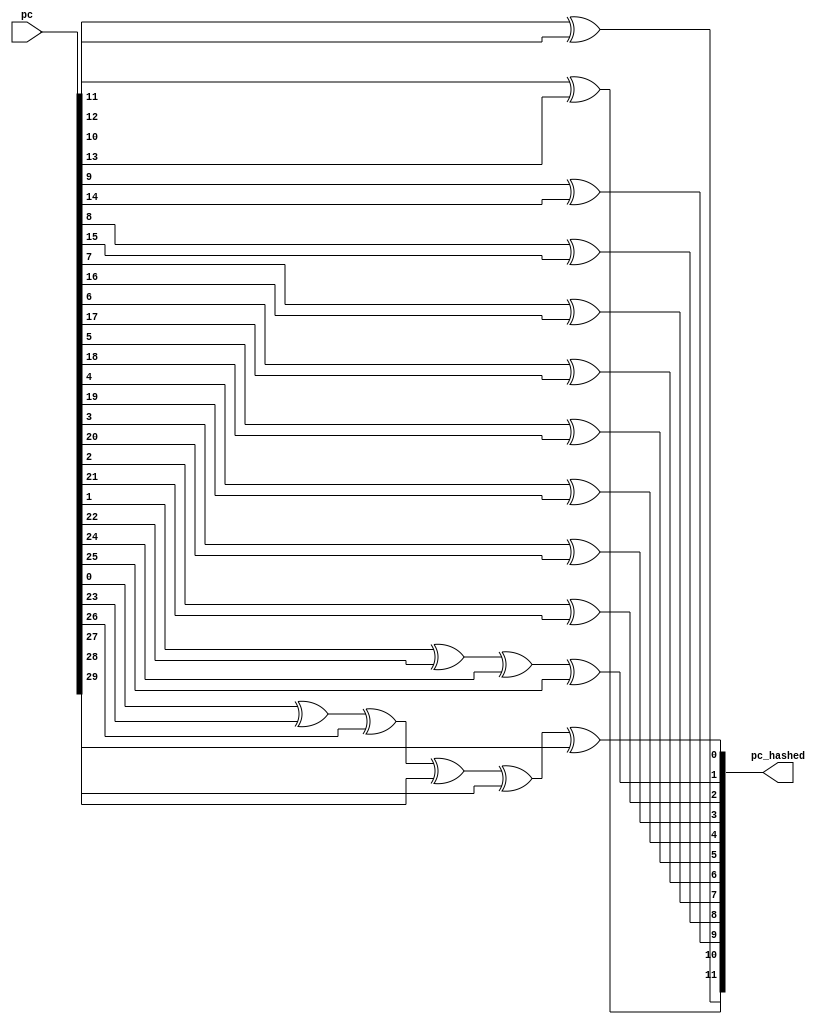
//hashfor
module pc_hash#(
    parameter ADDR_WIDTH=30,
    parameter k_width=12
) (
    input [ADDR_WIDTH-1:0] pc,
    output[k_width-1:0] pc_hashed
);
    wire [ADDR_WIDTH-1:0]d=pc;

    // 12:
    assign pc_hashed={  d[11]^d[12],
                        d[10]^d[13],
                        d[9 ]^d[14],
                        d[8 ]^d[15],
                        d[7 ]^d[16],
                        d[6 ]^d[17],
                        d[5 ]^d[18],
                        d[4 ]^d[19],
                        d[3 ]^d[20],
                        d[2 ]^d[21],
                        d[1 ]^d[22]^d[24]^d[25],
                        d[0 ]^d[23]^d[26]^d[27]^d[28]^d[29]
                        };
    // assign pc_hashed=d[k_width-1:0];
endmodule